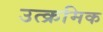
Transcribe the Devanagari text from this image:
उत्क्रमिक